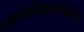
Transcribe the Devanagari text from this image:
आयर्लंडजवळच्या